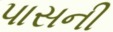
પાસની